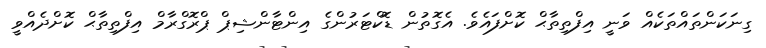
ގިނަކަންތައްތަކެއް ވަނީ އިފްތިތާޙް ކޮށްފައެވެ. އެގޮތުން ޑޮކްޓަރުންގެ އިންޓާންޝިޕް ޕްރޮގްރާމް އިފްތިތާޙް ކޮށްދެއްވީ